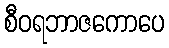
စီဝရဘာဇကောပေ